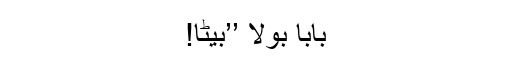
بابا بولا ’’بیٹا!